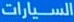
السيارات